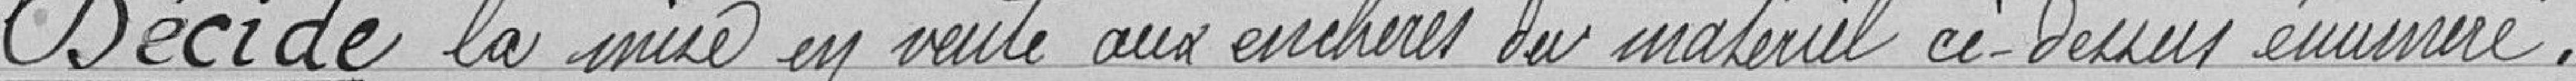
Décide la mise en vente aux enchères du matériel ci-dessus énuméré.